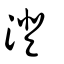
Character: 澄